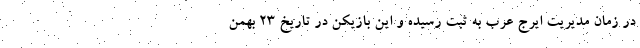
در زمان مدیریت ایرج عرب به ثبت رسیده و این بازیکن در تاریخ 23 بهمن